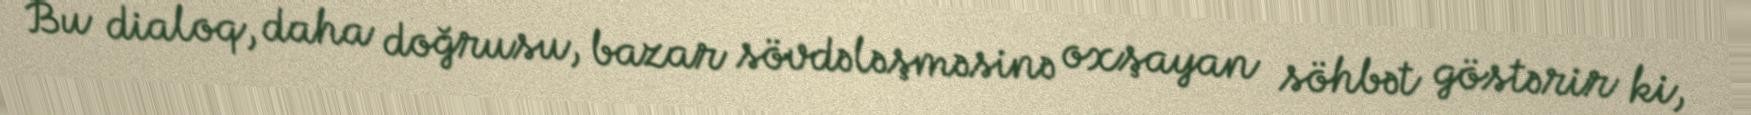
Bu dialoq, daha doğrusu, bazar sövdələşməsinə oxşayan söhbət göstərir ki,